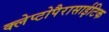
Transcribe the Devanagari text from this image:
क्लेप्टोपैरासाईटिक